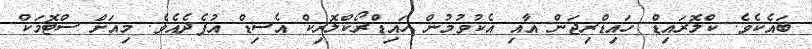
ބައެކެވެ. ކްލޮރައިޑް ހައިޑްރިޖަން އާއި އެކުވުމުން ހައިޑްރޯކްލޮރިކް އެސިޑް އުފެދެއެވެ. މިއަށް ސްޓޮމަކް